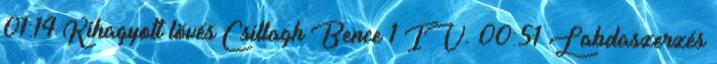
01:14 Kihagyott lövés Csillagh Bence 1 IV. 00:51 Labdaszerzés